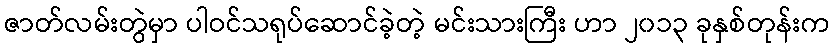
ဇာတ်လမ်းတွဲမှာ ပါဝင်သရုပ်ဆောင်ခဲ့တဲ့ မင်းသားကြီး ဟာ ၂၀၁၃ ခုနှစ်တုန်းက